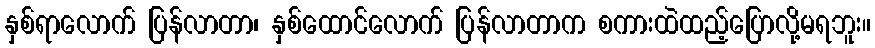
နှစ်ရာလောက် ပြန်လာတာ၊ နှစ်ထောင်လောက် ပြန်လာတာက စကားထဲထည့်ပြောလို့မရဘူး။